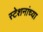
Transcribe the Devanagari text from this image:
स्टेशनांच्या